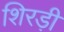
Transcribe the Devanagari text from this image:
शिरड़ी